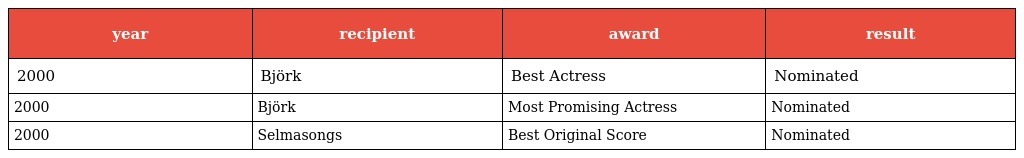
| year | recipient | award | result |
 | --- | --- | --- | --- |
 | 2000 | Björk | Best Actress | Nominated |
 | 2000 | Björk | Most Promising Actress | Nominated |
 | 2000 | Selmasongs | Best Original Score | Nominated |